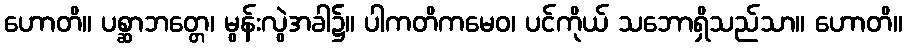
ဟောတိ။ ပစ္ဆာဘတ္တေ၊ မွန်းလွဲအခါ၌။ ပါကတိကမေဝ၊ ပင်ကိုယ် သဘောရှိသည်သာ။ ဟောတိ။